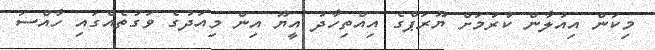
މިކަން އިއުލާން ކުރުމަށް ޔޫރަޕްގެ އިއްތިހާދު އީޔޫ އިން މިއަދުގެ ވަގުތެއްގައި ހާއްސަ